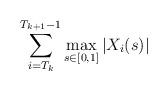
LaTeX: \begin{align*}\sum_{i=T_k}^{T_{k+1}-1} \max_{s\in [0,1]} |X_i(s)|\end{align*}